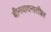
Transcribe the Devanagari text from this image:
बीनवादनातील